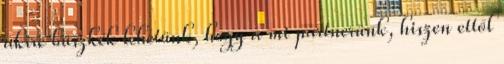
akire büszkék lehetünk, hogy a mi partnerünk, hiszen ettől